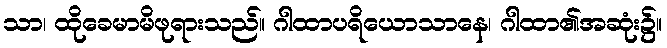
သာ၊ ထိုခေမာမိဖုရားသည်။ ဂါထာပရိယောသာနေ၊ ဂါထာ၏အဆုံး၌။